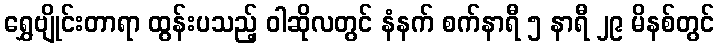
ရွှေဗျိုင်းတာရာ ထွန်းပသည့် ဝါဆိုလတွင် နံနက် စက်နာရီ ၅ နာရီ ၂၉ မိနစ်တွင်